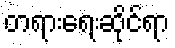
တရားရေးဆိုင်ရာ